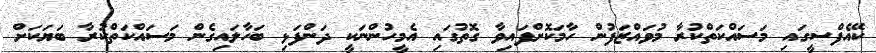
ކޭއެފްސީގައި މަސައްކަތްކުރާ މުވައްޒަފުން ހާމަކޮށްފައިވާ ގޮތުގައި އެމީހުންނަކީ ދަންފަޅި ބަހާލައިގެން މަސައްކަތްކުރާ ބަޔަކަށް